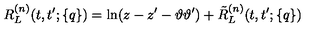
R _ { L } ^ { ( n ) } ( t , t ^ { \prime } ; \{ q \} ) = \ln ( z - z ^ { \prime } - \vartheta \vartheta ^ { \prime } ) + \tilde { R } _ { L } ^ { ( n ) } ( t , t ^ { \prime } ; \{ q \} )